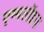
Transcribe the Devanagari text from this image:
एम्पलॉइज़